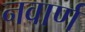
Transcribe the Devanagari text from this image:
नवार्ण